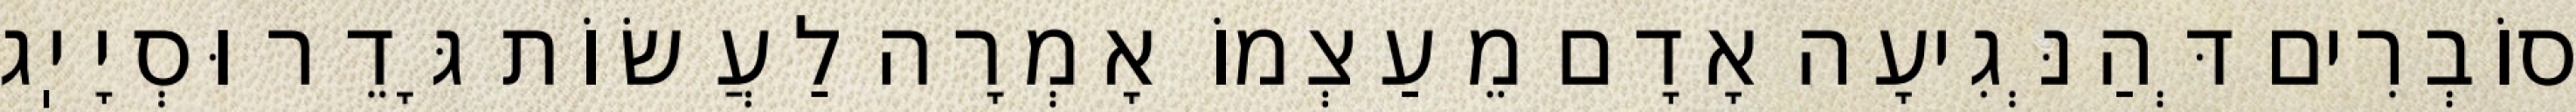
סוֹבְרִים דְּהַנְּגִיעָה אָדָם מֵעַצְמוֹ אָמְרָה לַעֲשׂוֹת גָּדֵר וּסְיָיֽג